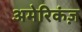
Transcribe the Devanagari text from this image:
अमेरिकंज़